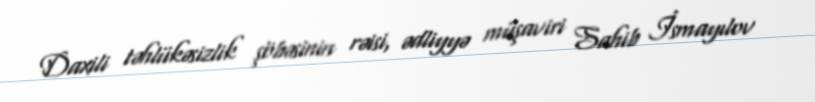
Daxili təhlükəsizlik şöbəsinin rəisi, ədliyyə müşaviri Sahib İsmayılov